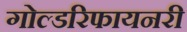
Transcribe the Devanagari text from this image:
गोल्डरिफायनरी